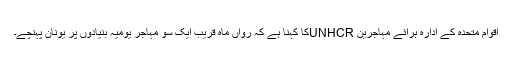
اقوام متحدہ کے ادارہ برائے مہاجرین UNHCRکا کہنا ہے کہ رواں ماہ قریب ایک سو مہاجر یومیہ بنیادوں پر یونان پہنچے۔